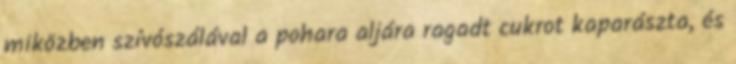
miközben szívószálával a pohara aljára ragadt cukrot kaparászta, és